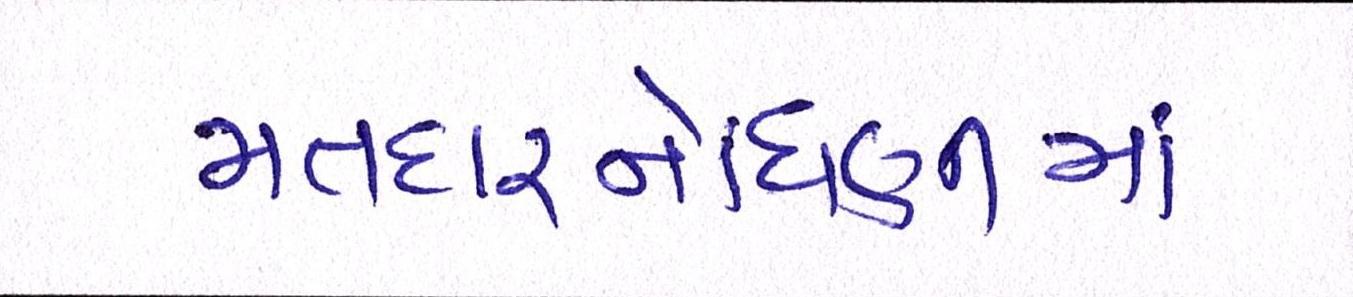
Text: મતદારનોંધણીમાં